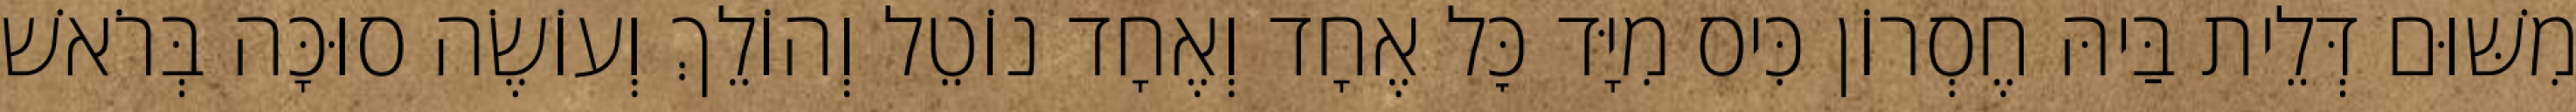
מִשּׁוּם דְּלֵית בַּיהּ חֶסְרוֹן כִּיס מִיָּד כׇּל אֶחָד וְאֶחָד נוֹטֵל וְהוֹלֵךְ וְעוֹשֶׂה סוּכָּה בְּרֹאשׁ